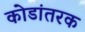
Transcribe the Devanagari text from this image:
कोडांतरक